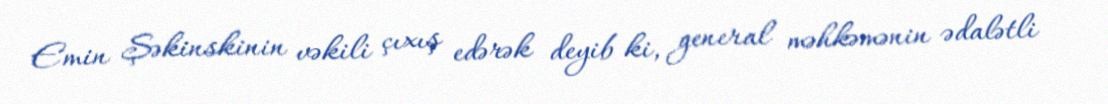
Emin Şəkinskinin vəkili çıxış edərək deyib ki, general məhkəmənin ədalətli